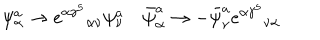
LaTeX: \psi _ { \alpha } ^ { a } \to { e ^ { \alpha \gamma ^ { 5 } } } _ { \alpha \nu } \psi _ { \nu } ^ { a } \quad \bar { \psi } _ { \alpha } ^ { a } \to - \bar { \psi } _ { \nu } ^ { a } { e ^ { \alpha \gamma ^ { 5 } } } _ { \nu \alpha } \quad